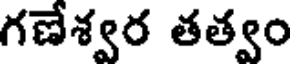
గణేశ్వర తత్వం